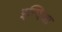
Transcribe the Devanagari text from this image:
इन्दिआ